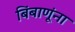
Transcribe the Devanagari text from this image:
बिंबाणूंना